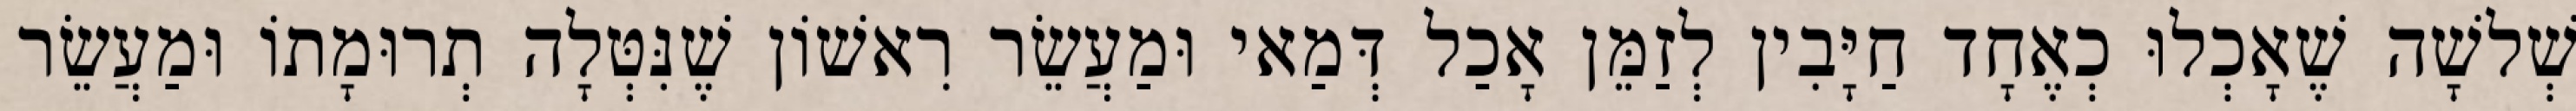
שְׁלשָׁה שֶׁאָכְלוּ כְאֶחָד חַיָּבִין לְזַמֵּן אָכַל דְּמַאי וּמַעֲשֵׂר רִאשׁוֹן שֶׁנִּטְּלָה תְרוּמָתוֹ וּמַעֲשֵׂר